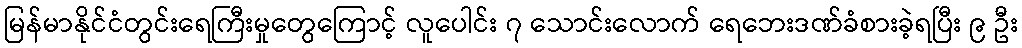
မြန်မာနိုင်ငံတွင်းရေကြီးမှုတွေကြောင့် လူပေါင်း ၇ သောင်းလောက် ရေဘေးဒဏ်ခံစားခဲ့ရပြီး ၉ ဦး